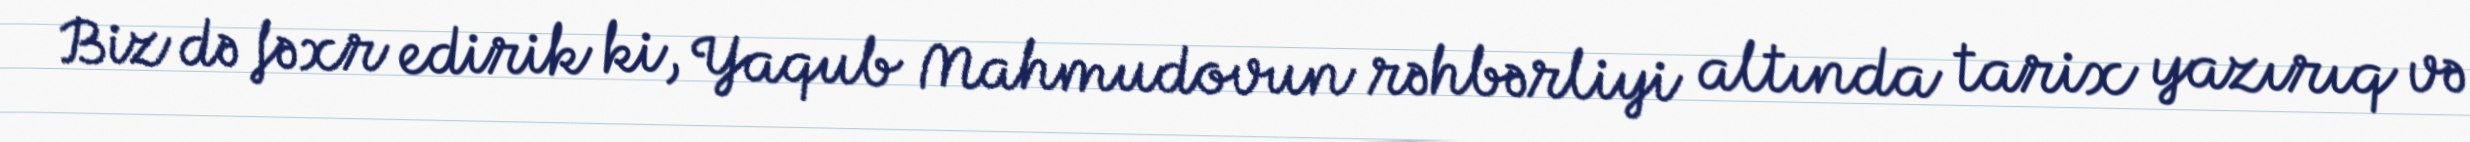
Biz də fəxr edirik ki, Yaqub Mahmudovun rəhbərliyi altında tarix yazırıq və